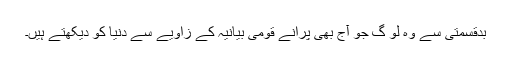
بدقسمتی سے وہ لو گ جو آج بھی پرانے قومی بیانیہ کے زاویے سے دنیا کو دیکھتے ہیں۔